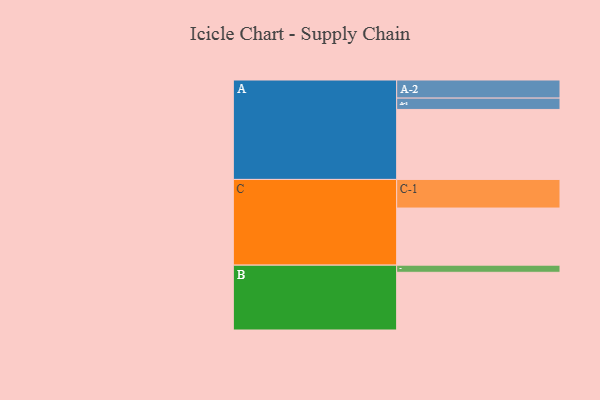
{"axis": {"x": "Segment", "y": "Value"}, "legend": ["", "A", "B", "C"], "data": [{"x": "A", "y": 587, "type": ""}, {"x": "B", "y": 484, "type": ""}, {"x": "C", "y": 479, "type": ""}, {"x": "A-1", "y": 95, "type": "A"}, {"x": "A-2", "y": 152, "type": "A"}, {"x": "B-1", "y": 60, "type": "B"}, {"x": "C-1", "y": 240, "type": "C"}]}